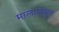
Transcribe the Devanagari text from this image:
मालालंकृत